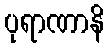
ပုရာဏာနိ